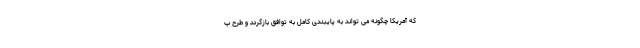
که آمریکا چگونه می تواند به پایبندی کامل به توافق بازگردد و طرح پ